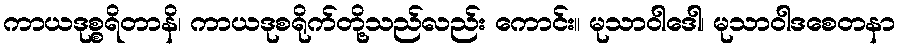
ကာယဒုစ္စရိတာနိ၊ ကာယဒုစရိုက်တို့သည်လည်း ကောင်း။ မုသာဝါဒေါ၊ မုသာဝါဒစေတနာ